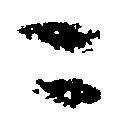
可